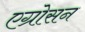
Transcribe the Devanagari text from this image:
एग्रोसन